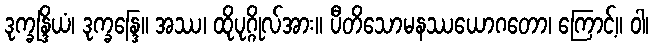
ဒုက္ခန္ဒြိယံ၊ ဒုက္ခန္ဒြေ။ အဿ၊ ထိုပုဂ္ဂိုလ်အား။ ပီတိသောမနဿယောဂတော၊ ကြောင့်။ ဝါ၊